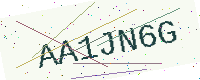
Text: AA1JN6G